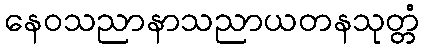
နေဝသညာနာသညာယတနသုတ္တံ